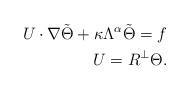
LaTeX: \begin{align*}U\cdot\nabla \tilde\Theta+\kappa\Lambda^\alpha\tilde\Theta =f\\U=R^\perp\Theta.\end{align*}